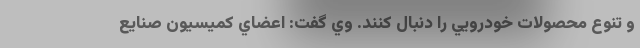
و تنوع محصولات خودرويي را دنبال كنند. وي گفت: اعضاي كميسيون صنايع